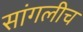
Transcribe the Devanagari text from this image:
सांगलीच